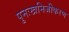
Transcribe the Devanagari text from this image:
पुनःखनिजीकरण